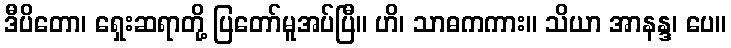
ဒီပိတော၊ ရှေးဆရာတို့ ပြတော်မူအပ်ပြီ။ ဟိ၊ သာဓကကား။ သိယာ အာနန္ဒ၊ ပေ။